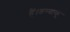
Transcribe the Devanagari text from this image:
हैं।तम्बाकू